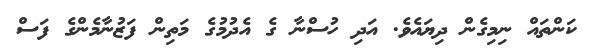
ކަންތައް ނިމިގެން ދިޔައެވެ. އަދި ހުސްނާ ގެ އެދުމުގެ މަތިން ފަޒުނާމެންގެ ފަސް